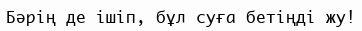
Бәрің де ішіп, бұл суға бетіңді жу!